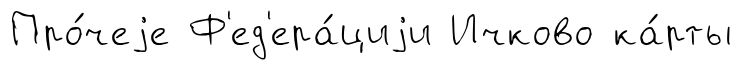
Про́чеjе Ф'ед'ера́циjи Ичково ка́рты